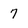
Character: 7